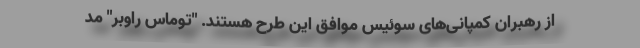
از رهبران کمپانی‌‌های سوئیس موافق این طرح هستند. "توماس راوبر" مد